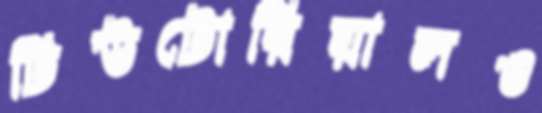
টিউটোরিয়ালও